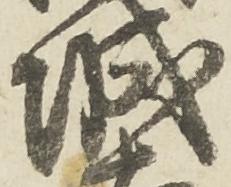
城